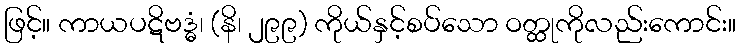
ဖြင့်။ ကာယပဋိဗဒ္ဓံ၊ (နိ၊ ၂၉၉) ကိုယ်နှင့်စပ်သော ဝတ္ထုကိုလည်းကောင်း။